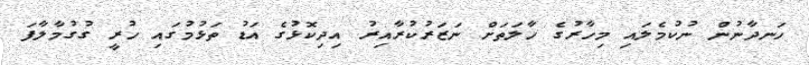
ހަނދާނުން ނުކުމެލައި މިހާރުގެ ހާލަތަށް ނަޒަރުކުރާއިރު އިދިކޮޅުގެ އަޑު ތަޅުމުގައި ހުރީ ގުގުމާލާފަ